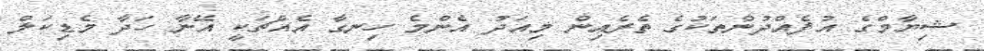
ޝިޔާމްގެ އުފެއްދުންތަކުގެ ތެރެއިން މިއަދު އެންމެ ހިނގާ އެއްޗަކީ އޭނާ ހަދާ މެޑިކަލް